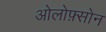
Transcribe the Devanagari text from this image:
ओलोफ़्सोन